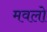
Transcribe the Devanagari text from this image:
मवलो